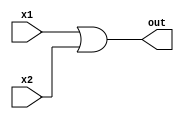
module or_gate ( input x1, x2, output out );
  
  assign
      out   = x1 | x2 ; 
    
endmodule